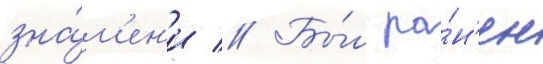
зна́м'ен'и // Бы́л ра́н'ен